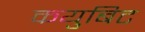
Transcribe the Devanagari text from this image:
कयुबिट